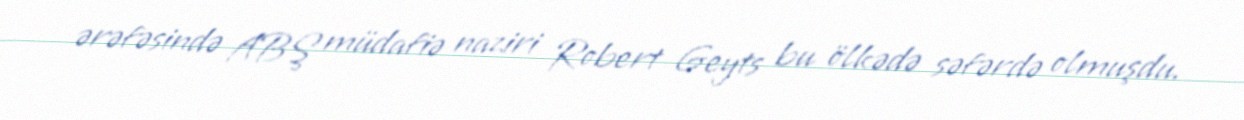
ərəfəsində ABŞ müdafiə naziri Robert Geyts bu ölkədə səfərdə olmuşdu.